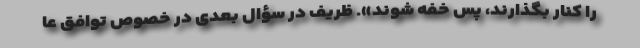
را کنار بگذارند، پس خفه شوند». ظریف در سؤال بعدی در خصوص توافق عا